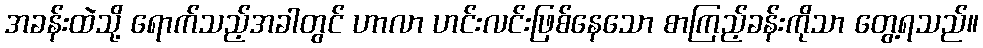
အခန်းထဲသို့ ရောက်သည့်အခါတွင် ဟာလာ ဟင်းလင်းဖြစ်နေသော စာကြည့်ခန်းကိုသာ တွေ့ရသည်။